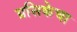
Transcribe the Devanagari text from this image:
ग्रसिकेचा